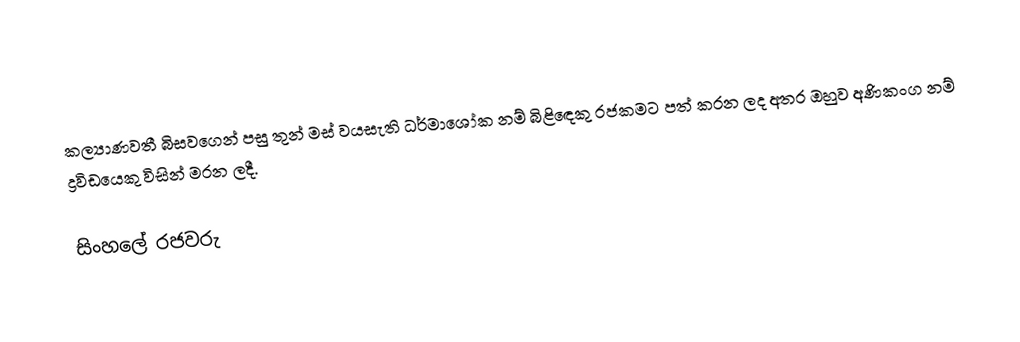
කල්‍යාණවතී බිසවගෙන් පසු තුන් මස් වයසැති ධර්මාශෝක නම් බිළිඳෙකු රජකමට පත් කරන ලද අතර ඔහුව අණිකංග නම් ද්‍රවිඩයෙකු විසින් මරන ලදී.

සිංහලේ රජවරු